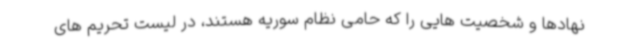
نهادها و شخصیت هایی را که حامی نظام سوریه هستند، در لیست تحریم های